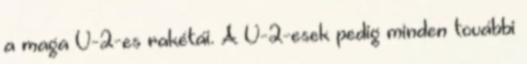
a maga V-2-es rakétái. A V-2-esek pedig minden további